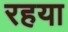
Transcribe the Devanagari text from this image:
रहया